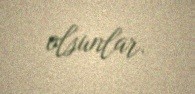
olsunlar.